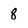
Character: 8